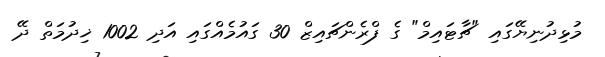
މުޅިދުނިޔޭގައި "ޗާޓައިމް" ގެ ފްރެންޗައިޒް 30 ގައުމެއްގައި އަދި 1002 ޚިދުމަތް ދޭ